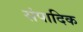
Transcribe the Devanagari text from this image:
संपादिक